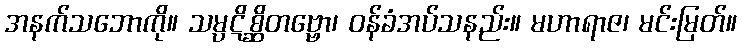
အနက်သဘောကို။ သမ္ပဋိစ္ဆိတဗ္ဗော၊ ဝန်ခံအပ်သနည်း။ မဟာရာဇ၊ မင်းမြတ်။